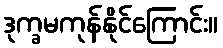
ဒုက္ခမကုန်နိုင်ကြောင်း။